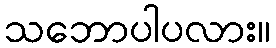
သဘောပါပလား။